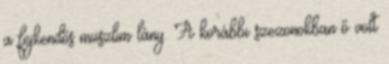
a fejkendős muszlim lány. A korábbi szezonokban ő volt